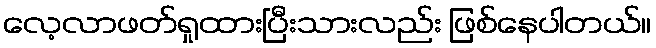
လေ့လာဖတ်ရှုထားပြီးသားလည်း ဖြစ်နေပါတယ်။